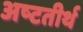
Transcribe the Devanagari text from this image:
अष्‍टतीर्थ